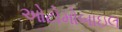
ઓટોમોબાઇલ